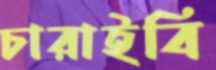
চারাইবি